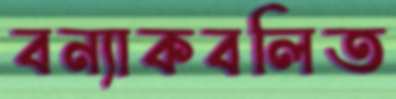
বন্যাকবলিত